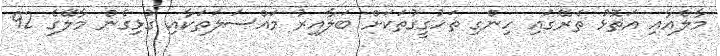
މާލެއާއި އަތޮޅު ތެރޭގައި ހިންގި ތަހުގީގުތަކަށް ބަލާއިރު މައްސަލަަތަކާއި ގުޅިގެން މާލޭގެ 92